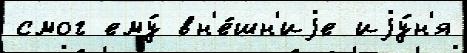
смог ему́ вн'е́шн'иjе иjу́н'я